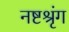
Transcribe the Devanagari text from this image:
नष्टश्रृंग